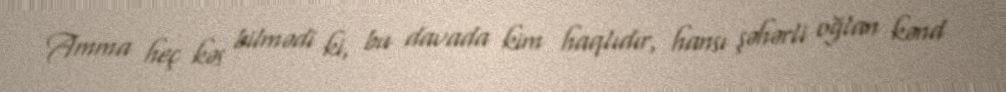
Amma heç kəs bilmədi ki, bu davada kim haqlıdır, hansı şəhərli oğlan kənd